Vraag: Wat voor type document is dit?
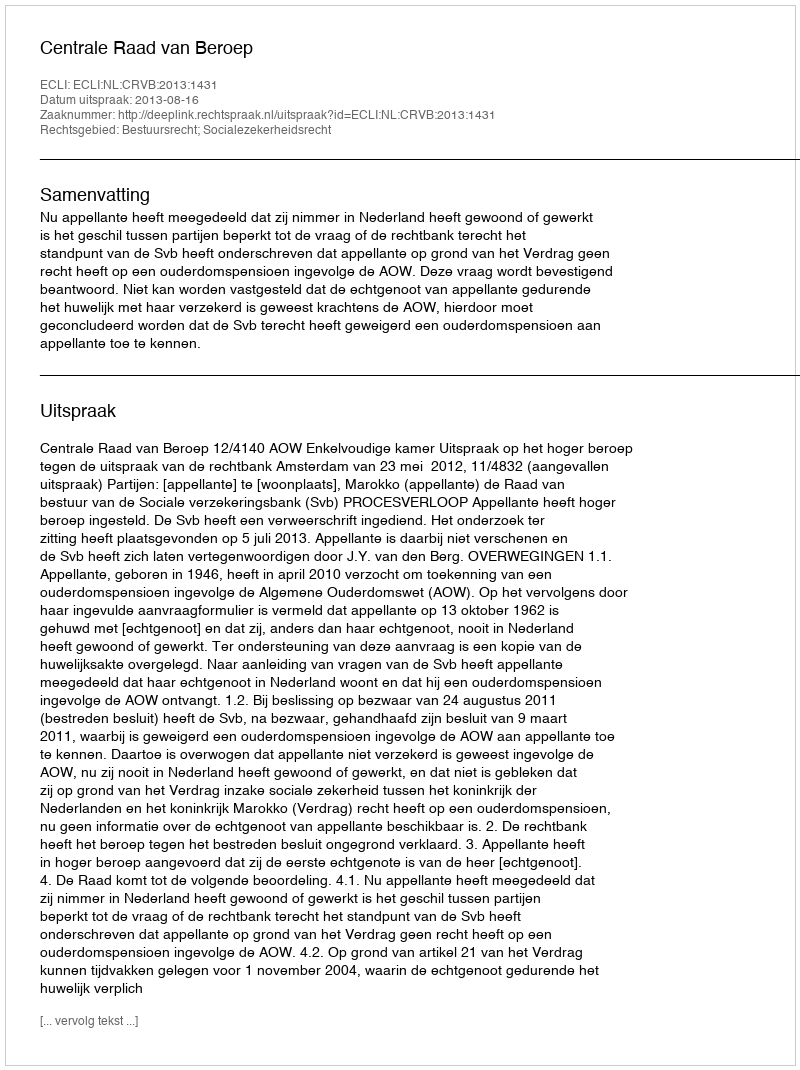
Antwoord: Uitspraak